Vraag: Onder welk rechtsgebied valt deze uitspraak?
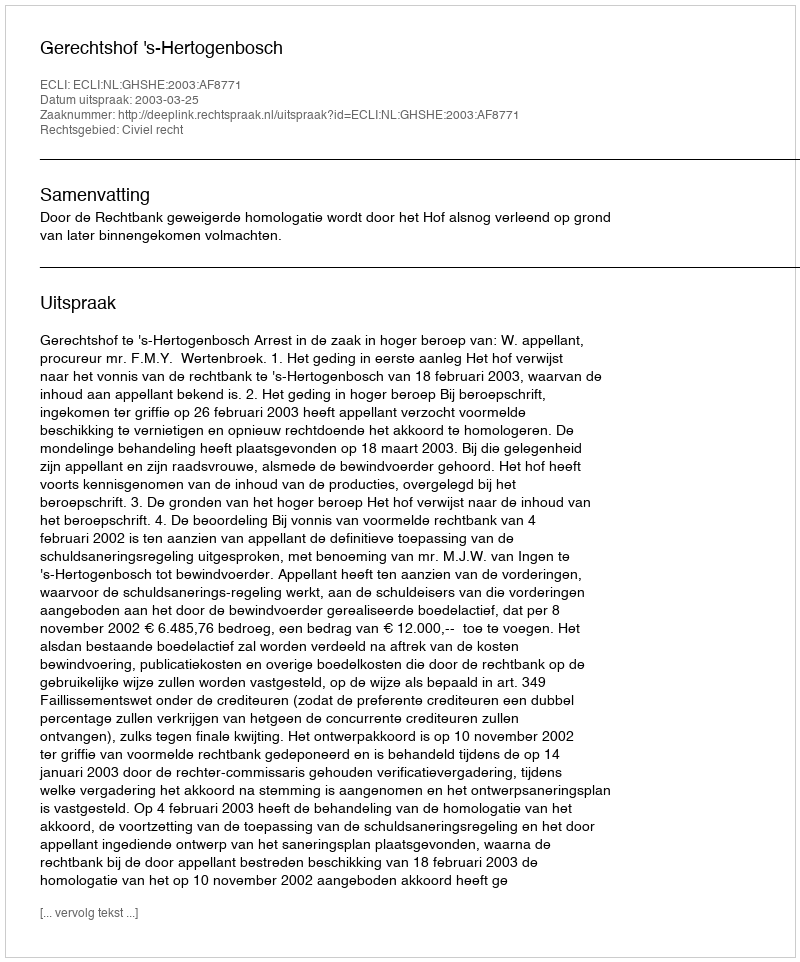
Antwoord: Civiel recht